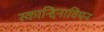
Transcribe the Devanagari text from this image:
स्कान्द्दिनावियन